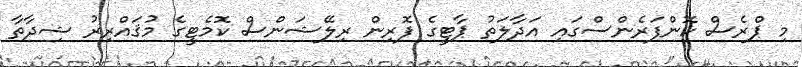
މި ޕްރެސް ކޮންފަރެންސްގައި އަދާލަތު ޕާޓީގެ ފޮރިން ރިލޭޝަންސް ކޮމެޓީގެ މުޤައްރިރު ޝިދާތާ